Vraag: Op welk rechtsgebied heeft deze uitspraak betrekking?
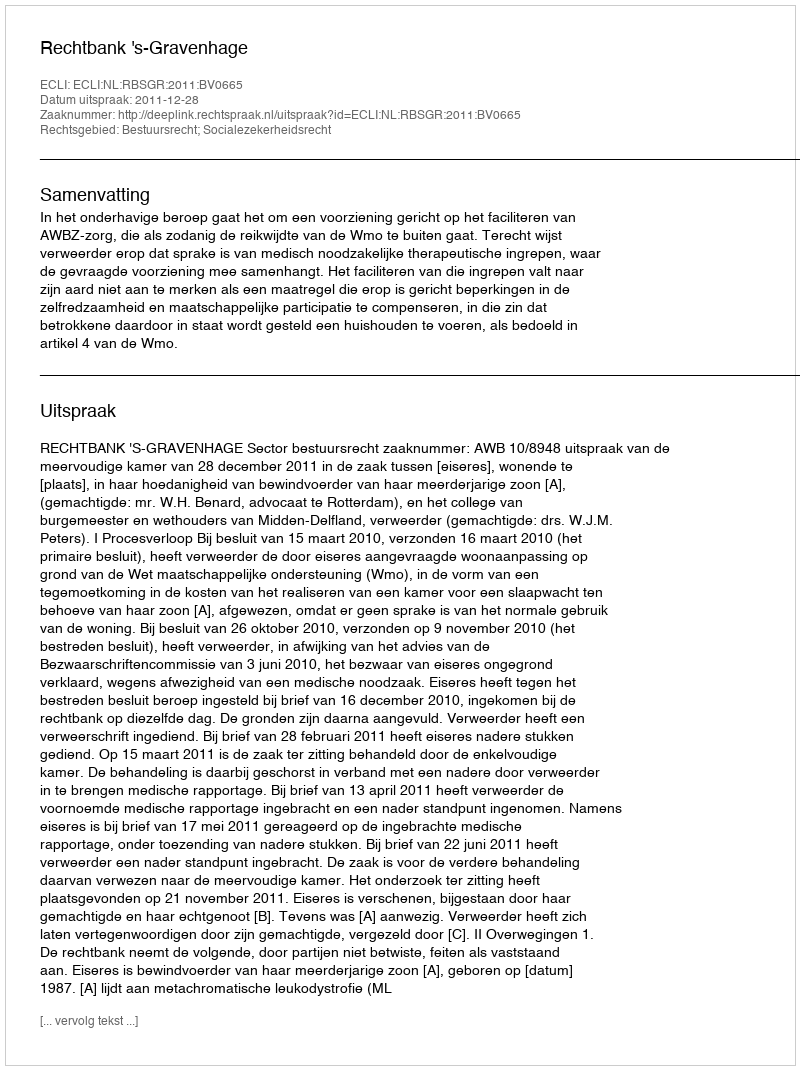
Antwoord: Bestuursrecht; Socialezekerheidsrecht